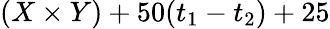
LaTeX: (X\times Y)+50(t_{1}-t_{2})+25